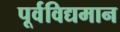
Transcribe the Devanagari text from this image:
पूर्वविद्यमान